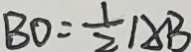
B D = \frac { 1 } { 2 } A B